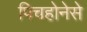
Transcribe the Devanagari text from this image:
पिचहोनेसे